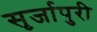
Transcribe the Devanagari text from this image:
सृर्जापुरी